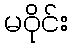
မဝိုင်း